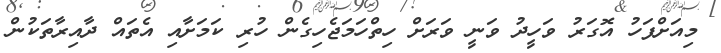
މިއަށްފަހު އޮގަރު ވަހީދު ވަނީ ވަރަށް ހިތްހަމަޖެހިގެން ހުރި ކަމަށާއި އެތައް ދާއިރާތަކުން